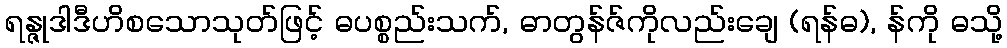
ရန္ဇုဒါဒီဟိစသောသုတ်ဖြင့် ဓပစ္စည်းသက်, ဓာတွန်ဇ်ကိုလည်းချေ (ရန်ဓ), န်ကို ဓသို့